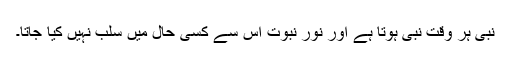
نبی ہر وقت نبی ہوتا ہے اور نور نبوت اس سے کسی حال میں سلب نہیں کیا جاتا۔